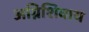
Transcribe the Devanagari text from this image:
अग्निशिवाय